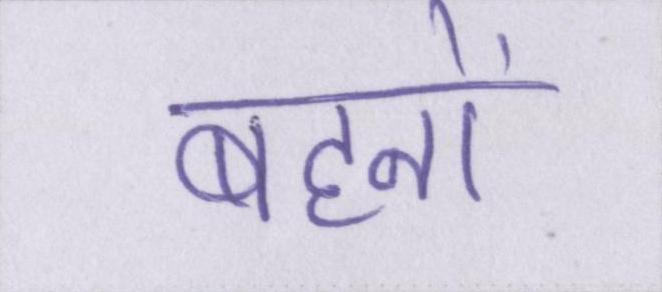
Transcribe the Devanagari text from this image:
बहनों